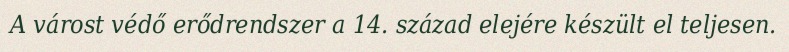
A várost védő erődrendszer a 14. század elejére készült el teljesen.